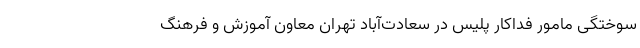
سوختگی مامور فداکار پلیس در سعادت‌آباد تهران معاون آموزش و فرهنگ